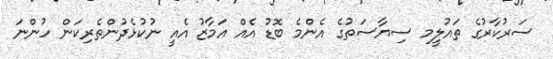
ސަރުކާރުގެ ތައުލީމ ސިޔާސަތުގެ އެންމެ ބޮޑު އެއް އަމާޒު އެއީ ނުކުޅެދުންތެރިކަން ހުންނަ